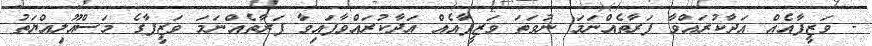
- ވަޒީފާއެއް އަދާކުރައްވާ ފަރާތެއްނަމަ ނުވަތަ ވަޒީފާއެއް އަދާކުރައްވާފައިވާ ފަރާތެއްނަމަ ވަޒީފާގެ މަސްއޫލިއްޔަތު